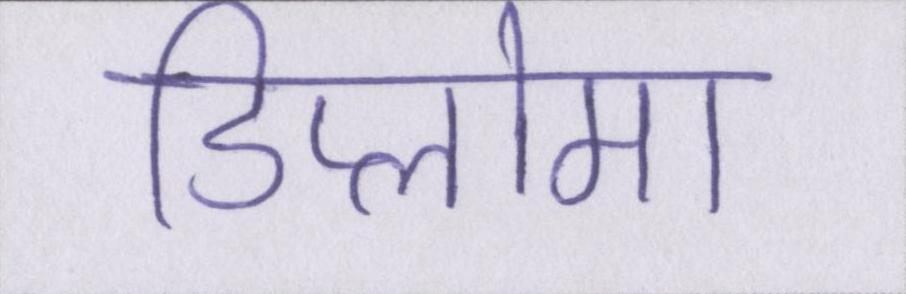
डिप्लोमा